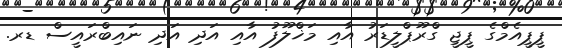
ޕީޕީއެމްގެ ޕީޖީ ގްރޫޕްލީޑަރު އާއި މަޚްލޫފު އާއި އަދި އަދި ނައިބްރައީސް ޑރ.